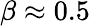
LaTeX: \beta\approx 0.5